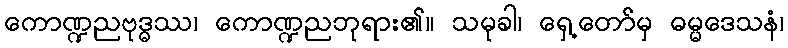
ကောဏ္ဍညဗုဒ္ဓဿ၊ ကောဏ္ဍညဘုရား၏။ သမုခါ၊ ရှေ့တော်မှ ဓမ္မဒေသနံ၊